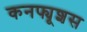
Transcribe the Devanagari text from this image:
कनफ्यूशस